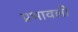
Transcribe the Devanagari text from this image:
प्रभावली